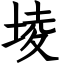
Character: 堎